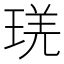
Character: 琷